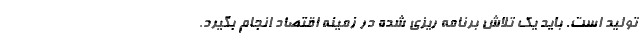
تولید است. باید یک تلاش برنامه ریزی شده در زمینه اقتصاد انجام بگیرد.